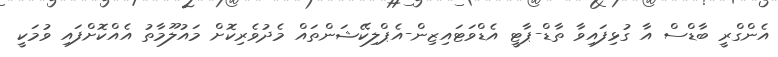
އެންގްރީ ބާޑްސް އާ ގުޅިފައިވާ ތާޑް-ޕާޓީ އެޑްވަޓައިޒިން-އެޕްލިކޭޝަންތައް މެދުވެރިކޮށް މައުލޫމާތު އެއްކޮށްފައި ވުމަކީ